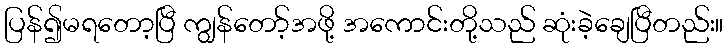
ပြန်၍မရတော့ပြီ ကျွန်တော့်အဖို့ အကောင်းတို့သည် ဆုံးခဲ့ချေပြီတည်း။